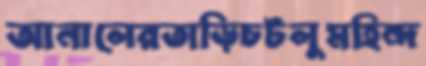
আনালেরতাড়িচটলুমহিন্দ